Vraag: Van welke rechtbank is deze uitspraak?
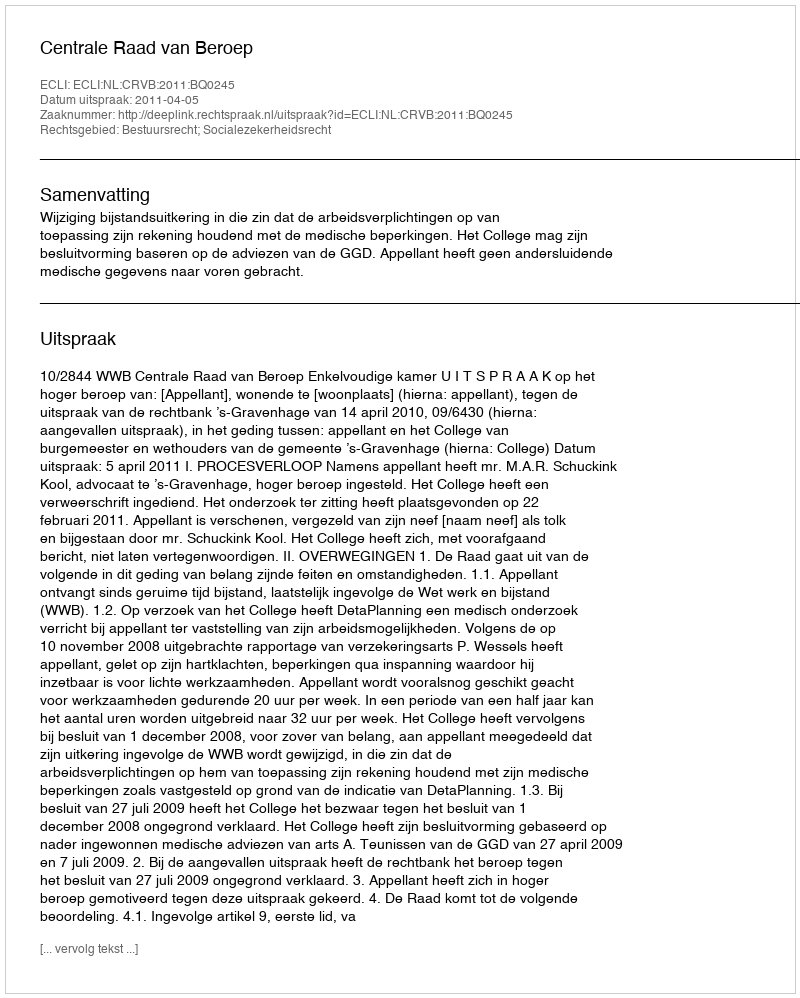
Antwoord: Centrale Raad van Beroep